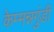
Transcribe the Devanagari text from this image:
केम्मन्नगुंडी